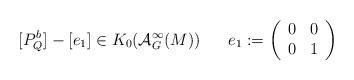
LaTeX: \begin{align*}[P^b_{Q}] - [e_1]\in K_0 (\mathcal{A}^\infty_G (M))\;\;\;\;\;\;e_1:=\left( \begin{array}{cc} 0 & 0 \\ 0&1\end{array} \right)\end{align*}